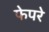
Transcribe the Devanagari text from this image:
फेपरे